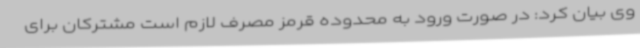
وی بیان کرد: در صورت ورود به محدوده قرمز مصرف لازم است مشترکان برای